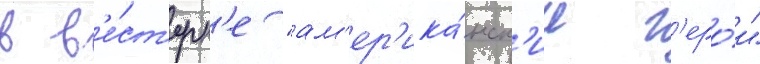
в в'е́ст'ерн'е "ам'ер'ика́нск'ие г'еро́и"